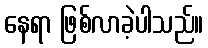
နေရာ ဖြစ်လာခဲ့ပါသည်။